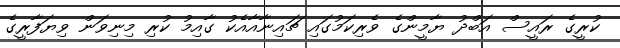
ކުރީގެ ރައީސް އަބްދު ޔާމީންގެ ވެރިކަމުގައި ޗައިނާއާއެކު ގާއިމު ކުރި މިނިވަން ވިޔަފާރީގެ